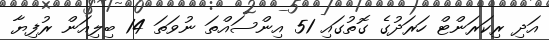
އަދި ރިކަރަންޓް ހަރަދުގެ ގޮތުގައި 51 އިންސައްތަ ނުވަތަ 14 ބިލިއަން ރުފިޔާ